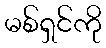
မစ်ရှင်ကို